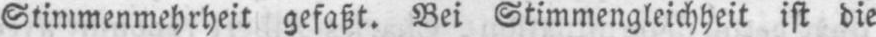
Stimmenmehrheit gefaßt. Bei Stimmengleichheit ist die